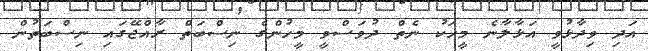
އަދި ވިދާޅުވީ އަޅާލާނެ މީހަކު ނެތް ދުވަސްވީ މީހުންގެ ނިސްބަތް ރާއްޖޭގައި ނިސްބަތުން